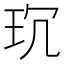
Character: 𤤌